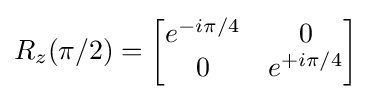
R_{z}(\pi /2)={\begin{bmatrix}e^{-i\pi /4}&0\\0&e^{+i\pi /4}\end{bmatrix}}